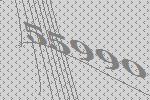
55990